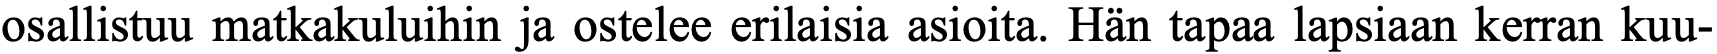
osallistuu matkakuluihin ja ostelee erilaisia asioita. Hän tapaa lapsiaan kerran kuu-